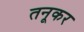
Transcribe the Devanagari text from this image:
तनूकर